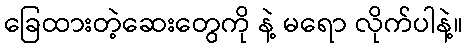
ခြေထားတဲ့ဆေးတွေကို နဲ့ မရော လိုက်ပါနဲ့။